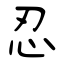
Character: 忍